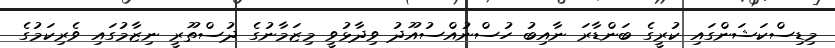
މިޑިސްކަޝަންގައި ކުރީގެ ބަންޑާރަ ނާއިބު ހުސްނުއްސުއޫދު ވިދާޅުވީ މިޒަމާނުގެ ދުސްތޫރީ ނިޒާމުގައި ވެރިކަމުގެ